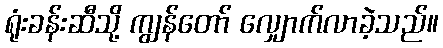
ရုံးခန်းဆီသို့ ကျွန်တော် လျှောက်လာခဲ့သည်။